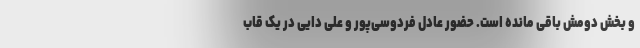
و بخش دومش باقی مانده است. حضور عادل فردوسی‌پور و علی دایی در یک قاب